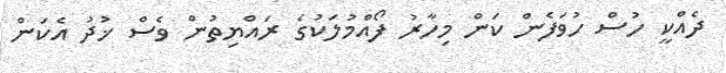
ދެއްކީ ހުސް ހުވަފެން ކަން މިހާރު ފޯއްމުލަކުގެ ރައްޔިތުން ވެސް ޚުދު އެކަން